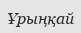
Ұрыңқай